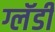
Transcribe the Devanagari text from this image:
ग्लॅडी